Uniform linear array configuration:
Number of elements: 64
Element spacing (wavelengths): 0.5
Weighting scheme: uniform
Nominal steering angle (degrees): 45
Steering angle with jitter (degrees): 44.865
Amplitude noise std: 0.05
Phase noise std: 0.05

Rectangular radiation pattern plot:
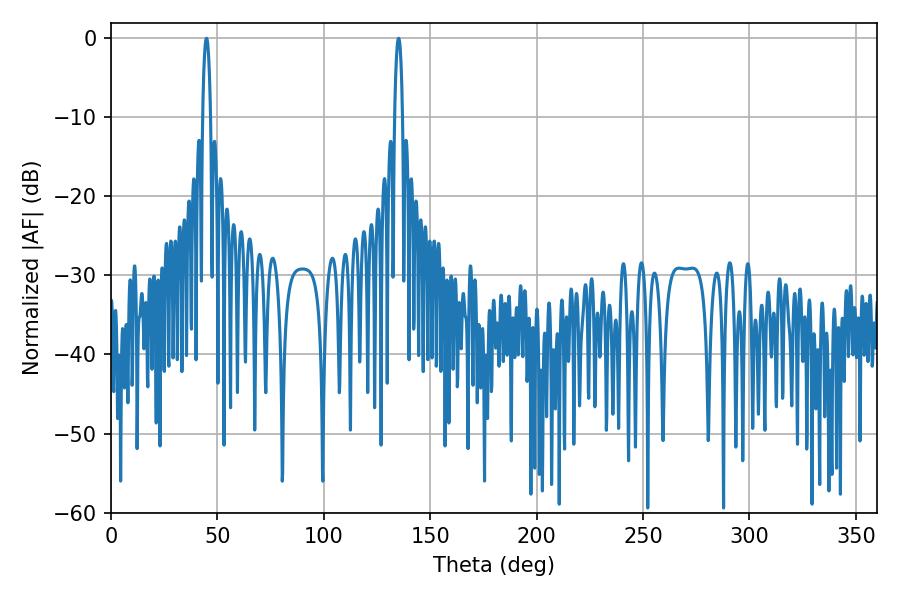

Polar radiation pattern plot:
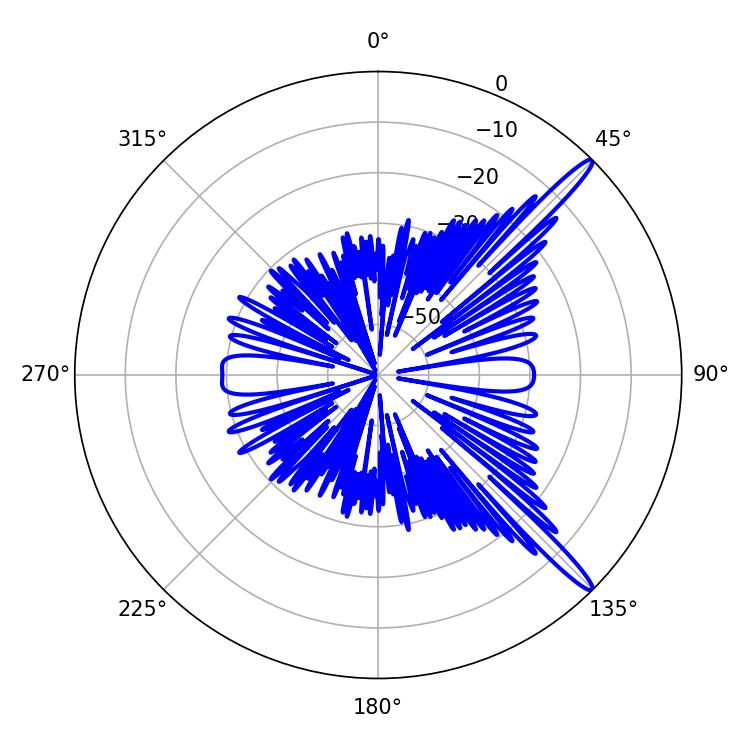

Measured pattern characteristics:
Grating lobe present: FALSE
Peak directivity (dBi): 15.119
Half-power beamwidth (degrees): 1.98
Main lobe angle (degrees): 44.82